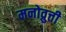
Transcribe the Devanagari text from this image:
मनोव्रुत्ती